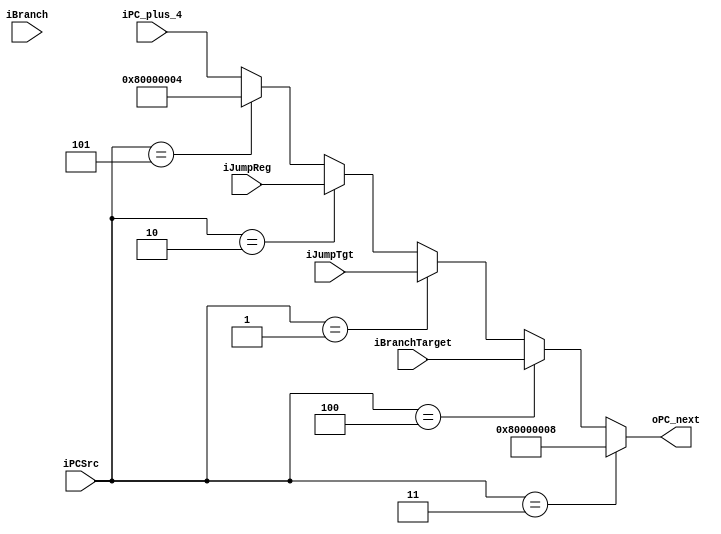
module PCMUX(
		     iBranch,
			 iPCSrc,
			 iJumpReg,
			 iJumpTgt,
			 iBranchTarget,
			 iPC_plus_4,
			 oPC_next
);
	
	input iBranch;
	input [2:0] iPCSrc;
	input [31:0] iJumpReg;
	input [31:0] iJumpTgt;
	input [31:0] iBranchTarget;
	input [31:0] iPC_plus_4;
	output [31:0] oPC_next;

    // 001: j, jal. Jump Target
	// 010: jr, jalr. Jump Register
	// 000: PC+4
	// 011: Exception 0x80000008
	// 100: Branch
	// 101: Interrupt 0x80000004
	
	assign oPC_next = (iPCSrc == 3'b011)? 32'h80000008:
					  (iPCSrc == 3'b100)? iBranchTarget:
					  (iPCSrc == 3'b001)? iJumpTgt:
					  (iPCSrc == 3'b010)? iJumpReg:
					  (iPCSrc == 3'b101)? 32'h80000004:
					  iPC_plus_4;

endmodule